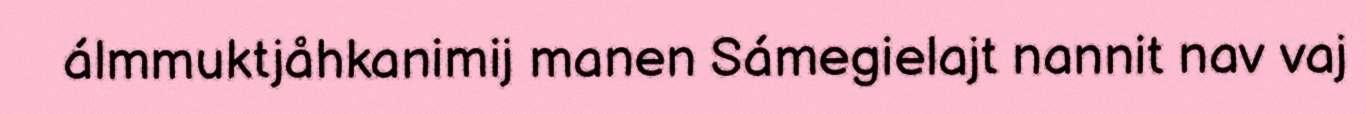
álmmuktjåhkanimij manen Sámegielajt nannit nav vaj